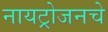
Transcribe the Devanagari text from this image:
नायट्रोजनचे